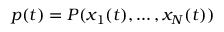
p ( t ) = P ( x _ { 1 } ( t ) , \ldots , x _ { N } ( t ) )